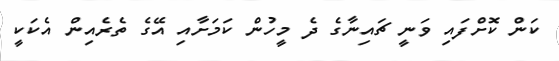
ކަން ކޮށްފައި ވަނީ ޗައިނާގެ ދެ މީހުން ކަމަށާއި އޭގެ ތެރެއިން އެކަކީ